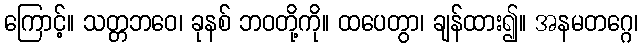
ကြောင့်။ သတ္တဘဝေ၊ ခုနစ် ဘဝတို့ကို။ ထပေတွာ၊ ချန်ထား၍။ အနမတဂ္ဂေ၊